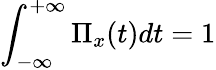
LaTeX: \int_{-\infty}^{+\infty}\Pi_{x}(t)dt=1